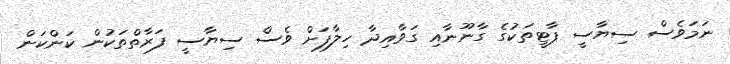
ނަމަވެސް ސިޔާސީ ޕާޓީތަކުގެ ގާނޫނާއި ގަވާއިދާ ހިލާފަށް ވެސް ސިޔާސީ ފަރާތްތަކުން ކަންކަން